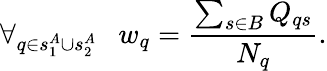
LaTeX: \forall_{q\in s_{1}^{A}\cup s_{2}^{A}}\ \ \ w_{q}=\frac{\sum_{s\in B}Q_{qs}}{N_{q}}.